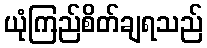
ယုံကြည်စိတ်ချရသည်